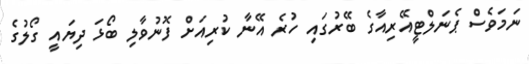
ނަމަވެސް ޕެނަލްޓީއޭރިއާގެ ބޭރުގައި ހުރެ އޭނާ ކުރިއަށް ފޮނުވާލި ބޯޅަ ދިޔައީ ގޯލުގެ